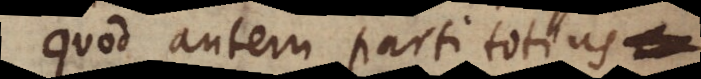
Quod autem parti totius